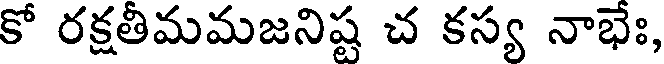
కో రక్షతీమమజనిష్ట చ కస్య నాభేః,